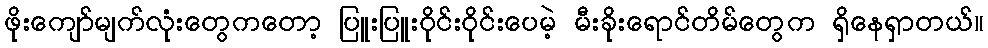
ဖိုးကျော်မျက်လုံးတွေကတော့ ပြူးပြူးဝိုင်းဝိုင်းပေမဲ့ မီးခိုးရောင်တိမ်တွေက ရှိနေရှာတယ်။